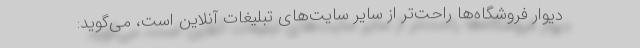
دیوار فروشگاه‌ها راحت‌تر از سایر سایت‌های تبلیغات آنلاین است، می‌گوید: